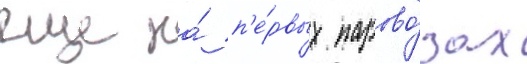
еще на́ п'е́рвых парово́зах